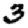
Digit: 3